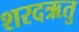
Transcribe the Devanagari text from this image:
शरदऋतु